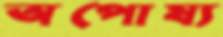
অপোষ্য